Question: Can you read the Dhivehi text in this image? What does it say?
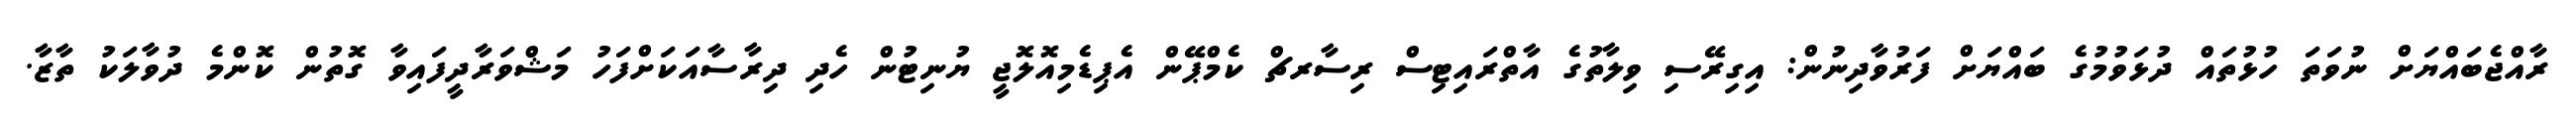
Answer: ރާއްޖެބައްޔަށް ނުވަތަ ހުޅުތައް ދުޅަވުމުގެ ބައްޔަށް ފަރުވާދިނުން: އިގިރޭސި ވިލާތުގެ އާތްރައިޓިސް ރިސާރޗް ކެމްޕޭން އެޕިޑެމިއޮލޮޖީ ޔުނިޓުން ހެދި ދިރާސާއަކަށްފަހު މަޝްވަރާދީފައިވާ ގޮތުން ކޮންމެ ދުވާލަކު ތާޒާ.